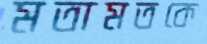
মতামতকে